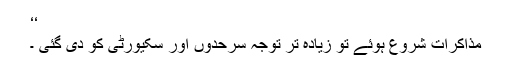
‘‘
مذاکرات شروع ہوئے تو زیادہ تر توجہ سرحدوں اور سکیورٹی کو دی گئی ۔